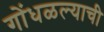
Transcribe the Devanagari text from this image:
गोंधळल्याची